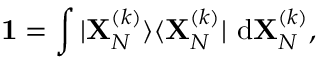
\mathbf { 1 } = \int | \mathbf { X } _ { N } ^ { ( k ) } \rangle \langle \mathbf { X } _ { N } ^ { ( k ) } | ~ \mathrm { d } \mathbf { X } _ { N } ^ { ( k ) } ,